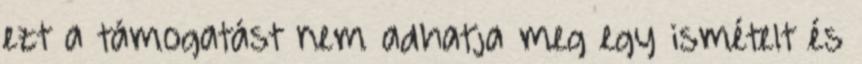
ezt a támogatást nem adhatja meg egy ismételt és